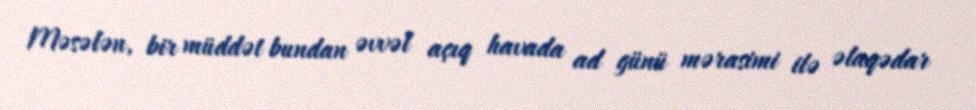
Məsələn, bir müddət bundan əvvəl açıq havada ad günü mərasimi ilə əlaqədar